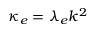
\kappa _ { e } = \lambda _ { e } k ^ { 2 }